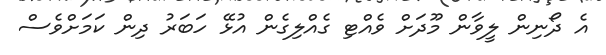
އެ ދޯނިން ލީވާން މޫދަށް ވެއްޓި ގެއްލިގެން އުޅޭ ހަބަރު ދިން ކަމަށްވެސް